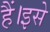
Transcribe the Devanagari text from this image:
हैं।इसे